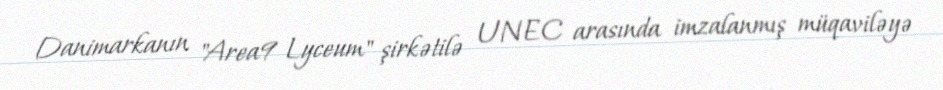
Danimarkanın "Area9 Lyceum" şirkətilə UNEC arasında imzalanmış müqaviləyə